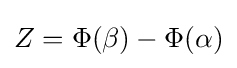
Z=\Phi (\beta )-\Phi (\alpha )